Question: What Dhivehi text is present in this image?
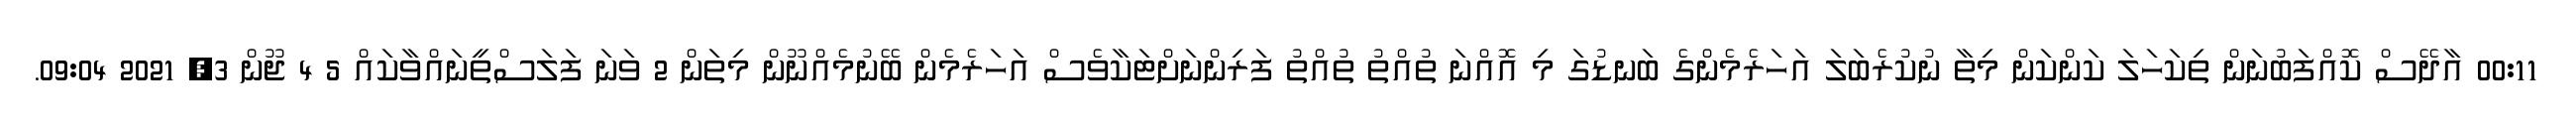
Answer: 00:11 އާދޭސް ކޮއްފަބުނަން ތިކަހަލަ ކަންކަން މިތާ ނުކުރެބަލަ އަހަރެމެންގެ ބަނޑުގަ މި އޮއްނަ ތުއްތު ތުއްތު ފަރިންނަށްޓަކާވެސް އަހަރެމެން ބޭނުމެއްނޫން މިތަން 2 ވަނަ ފަލަސްތީނައްވާކައް 5 4 ޖޫން 3, 2021 09:04.